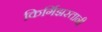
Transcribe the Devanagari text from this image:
किर्गिझस्तानी